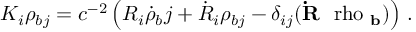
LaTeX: { \cal K } _ { i } \rho _ { b j } = c ^ { - 2 } \left( R _ { i } \dot { \rho } { _ b j } + \dot { R } _ { i } \rho _ { b j } - \delta _ { i j } ( { \bf \dot { R } { \mathrm { \boldmath ~ \ r h o ~ } } _ { b } } ) \right) \, .